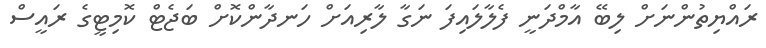
ރައްޔިތުންނަށް ލިބޭ އާމްދަނީ ފެލާލައިފަ ނަގާ ލާރިއަށް ހަނދާންކޮށް ބަޖެޓް ކޮމިޓީގެ ރައީސް